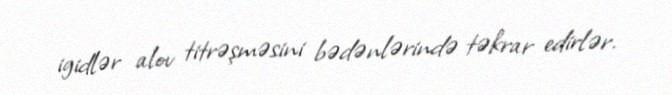
igidlər alov titrəşməsini bədənlərində təkrar edirlər.